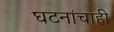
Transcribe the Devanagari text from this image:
घटनांचाही